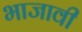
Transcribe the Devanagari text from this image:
भाजावी